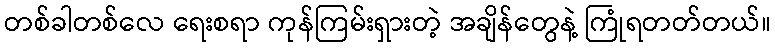
တစ်ခါတစ်လေ ရေးစရာ ကုန်ကြမ်းရှားတဲ့ အချိန်တွေနဲ့ ကြုံရတတ်တယ်။